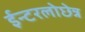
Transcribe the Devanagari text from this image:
ईन्टरलोछेन्न